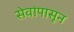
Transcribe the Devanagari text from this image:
सेवांपासून